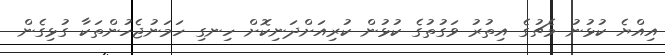
އިއްޔެ ކުޅުނު މެޗުގެ އިތުރު ވަގުތުގެ ކުޅުން ކުރިއަށްދަނިކޮށް ހިނގި ހަމަނުޖެހުންތަކާ ގުޅިގެން